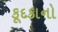
કૂદકાનો